Document type: Sale
Year: 1354
Scribe: Bernat de Torre
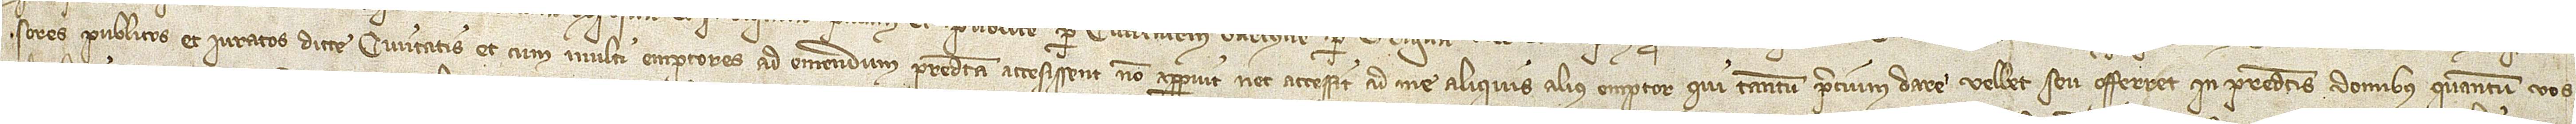
sores publicos et iuratos dicte civitatis. Et cum multi emptores ad emendum predicta accesissent, non apparuit nec accessit ad me aliquis alius emptor qui tantum precium dare vellet seu offerret in predictis domibus quantum vos